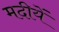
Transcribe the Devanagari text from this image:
मदीयें